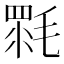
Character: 𣯉